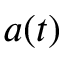
a ( t )